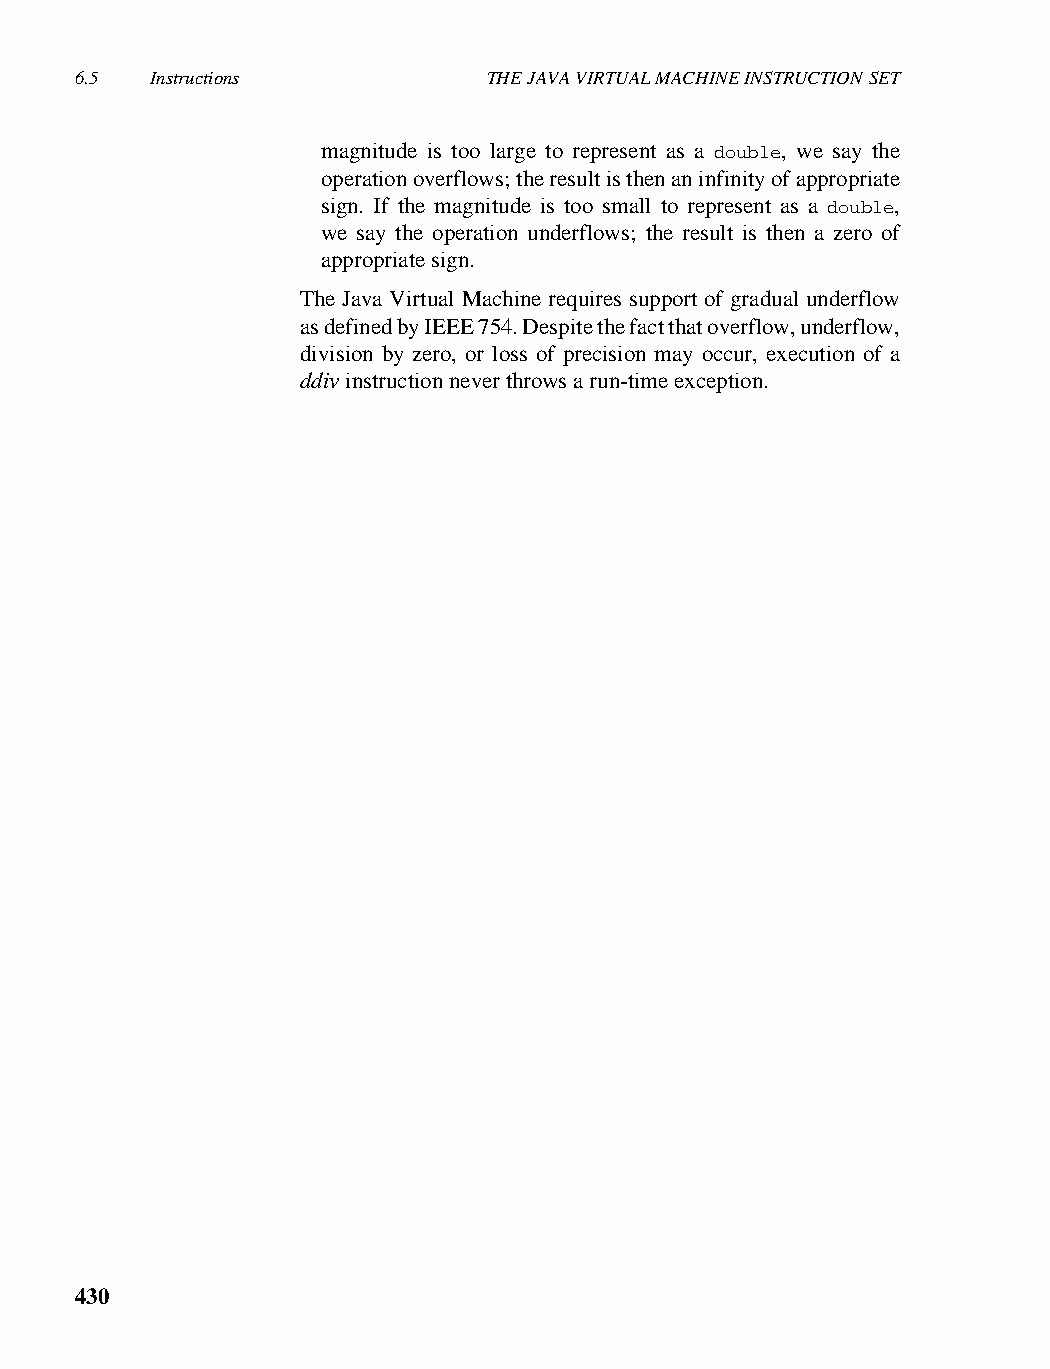
6.5  Instructions          THE JAVA VIRTUAL MACHINE INSTRUCTION SET
 magnitude is too large to represent as a double, we say the
 operation overflows; the result is then an infinity of appropriate
 sign. If the magnitude is too small to represent as a double,
 we say the operation underflows; the result is then a zero of
 appropriate sign.
 The Java Virtual Machine requires support of gradual underflow
 as defined by IEEE 754. Despite the fact that overflow, underflow,
 division by zero, or loss of precision may occur, execution of a
 ddiv instruction never throws a run-time exception.
 430